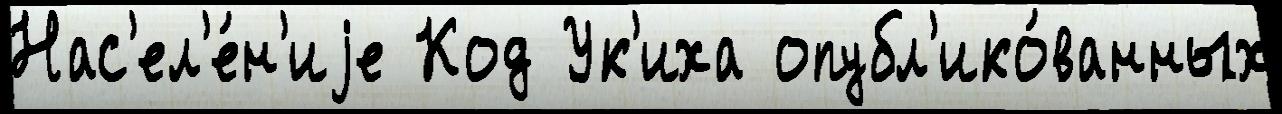
Нас'ел'е́н'иjе Код Ук'иха опубл'ико́ванных